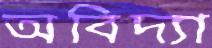
অবিদ্যা